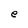
Character: e